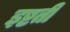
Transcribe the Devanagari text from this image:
इष्टती